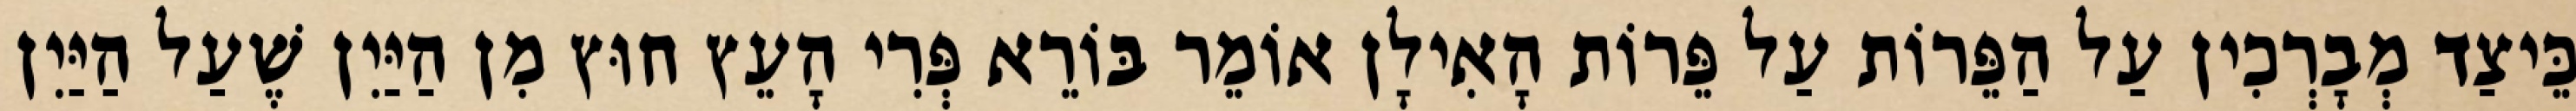
כֵּיצַד מְבָרְכִין עַל הַפֵּרוֹת עַל פֵּרוֹת הָאִילָן אוֹמֵר בּוֹרֵא פְּרִי הָעֵץ חוּץ מִן הַיַּיִן שֶׁעַל הַיַּיִן